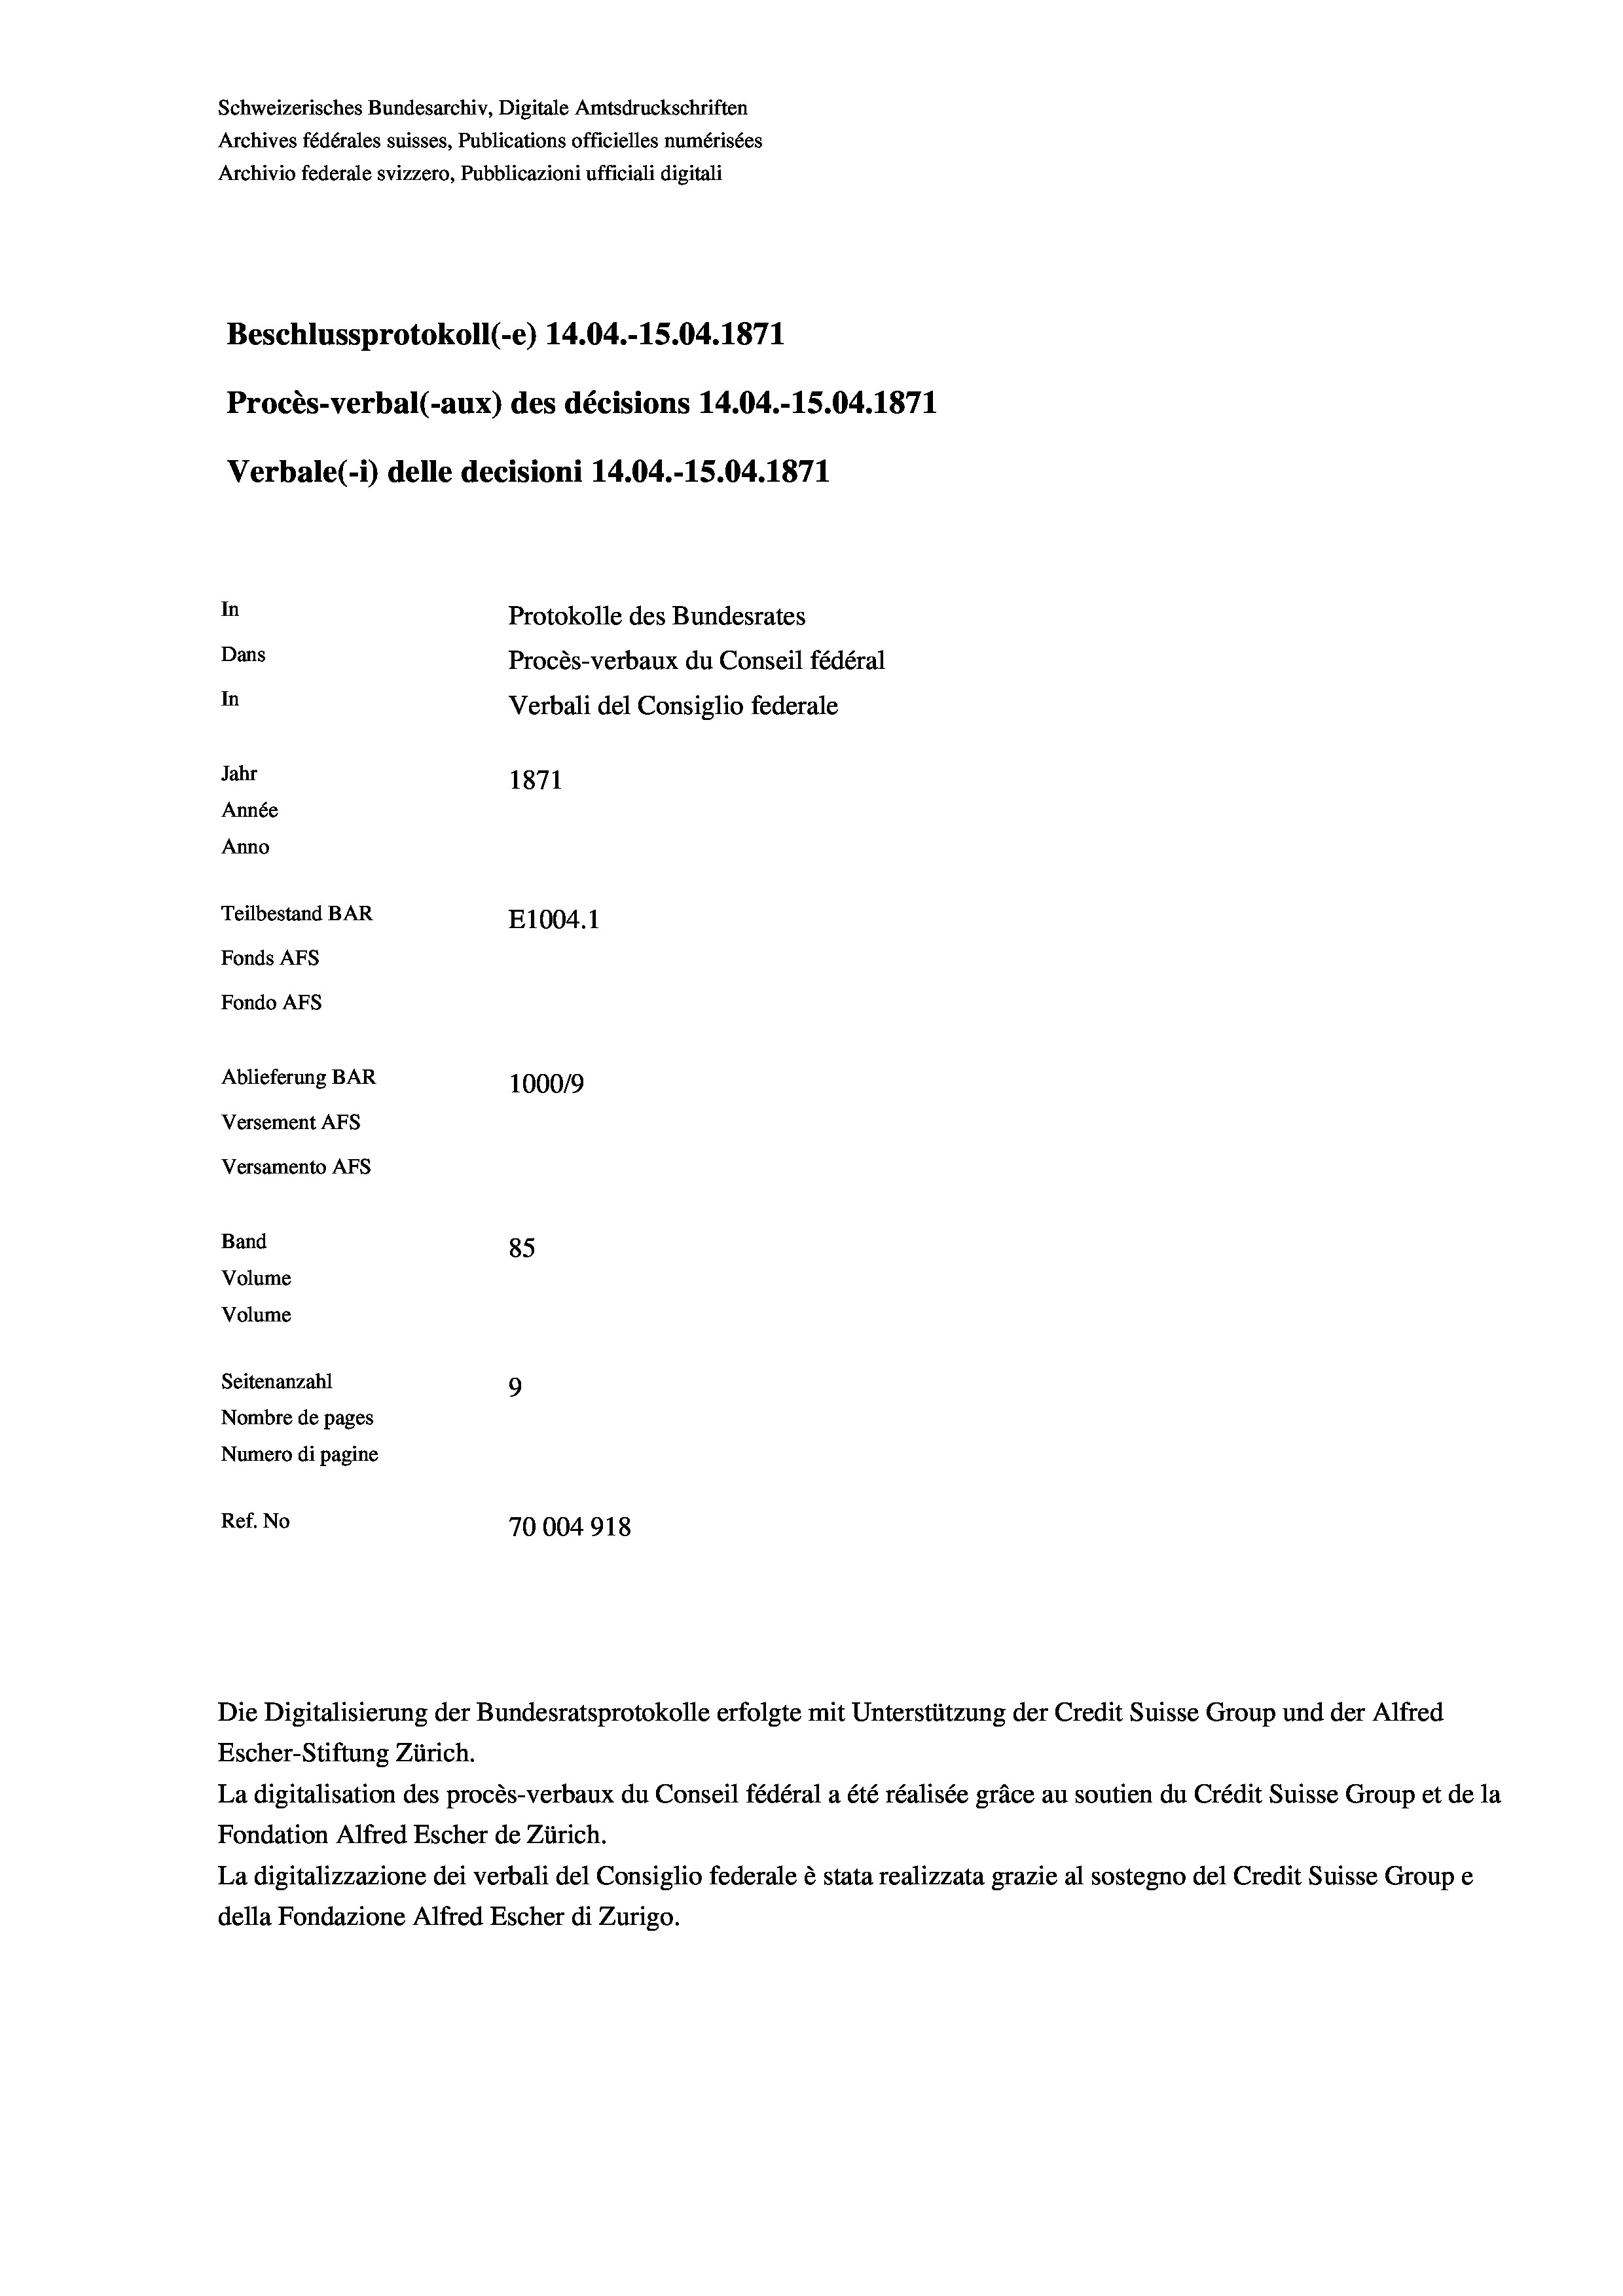
Schweizerisches Bundesarchiv, Digitale Amtsdruckschriften
Archives fédérales suisses, Publications officielles numérisées
Archivio federale svizzero, Pubblicazioni ufficiali digitali
Beschlussprotokoll (-e) 14.04.-15.04. 1871
Procès-verbal (-aux) des décisions 14.04.-15.04. 1871
Verbale (- 1) delle decisioni 14.04.-15.04. 1871
In
Protokolle des Bundesrates
Dans
Procès-verbaux du Conseil fédéral
In
Verbali del Consiglio federale
Jahr
1871
Année
Anno
Teilbestand BAR
E1004. 1
Fonds AFs
Fondo AFs
Ablieferung BAR
100019
Versement AFs
Versamento AFs
Band
85
Volume
Volume
Seitenanzahl
9
Nombre de pages
Numero di pagine
Ref. No
70004918

La digitalisation des procès-verbaux du Conseil fédéral a été réalisée gräce au soutien du Crédit Suisse Group et de la
Fondation Alfred Escher de Zürich.
La digitalizzazione dei verbali del Consiglio federale è stata realizzata grazie al sostegno del Credit Suisse Groupe
della Fondazione Alfred Escher di Zurigo.

Die Digitalisierung der Bundesratsprotokolle erfolgte mit Unterstützung der Credit Suisse Group und der Alfred
Escher-Stiftung Zürich.